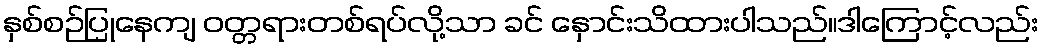
နှစ်စဉ်ပြုနေကျ ဝတ္တရားတစ်ရပ်လို့သာ ခင် နှောင်းသိထားပါသည်။ဒါကြောင့်လည်း